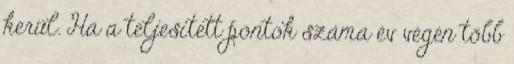
kerül. Ha a teljesített pontok száma év végén több